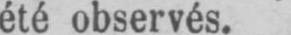
été observés.